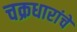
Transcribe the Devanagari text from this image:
चक्रधारांचे